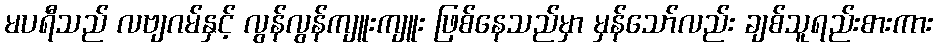
မပရီသည် လဗျဂမ်နှင့် လွန်လွန်ကျူးကျူး ဖြစ်နေသည်မှာ မှန်သော်လည်း ချစ်သူရည်းစားကား